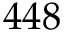
4 4 8